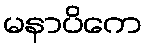
မနာပိကေ